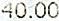
40.00